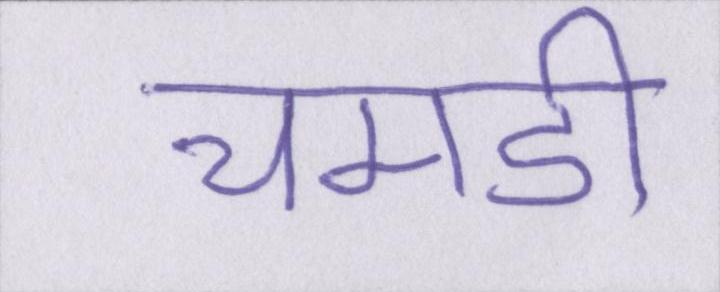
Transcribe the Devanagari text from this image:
चमडी